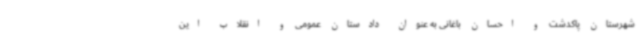
شهرستان پاکدشت و احسان باغانی به عنوان دادستان عمومی و انقلاب این